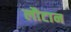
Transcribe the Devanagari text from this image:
लौटान